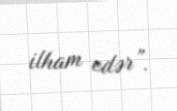
ilham edər”.